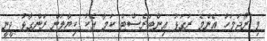
މި ރޯދަމަހު އެންމެ ރަގަޅު އިންޓަރެސްޓް ކަމާ އެކު ކިޔާލަން ރަންގާޅު ދީނީ